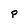
Character: P